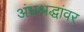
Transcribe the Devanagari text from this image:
अंधश्रद्धांवर